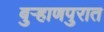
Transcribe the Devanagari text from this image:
बुर्‍हाणपुरात